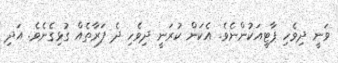
ވަނީ ދިވެހި ޕާޓީއަކުންނެވެ. އެކަން ކުރަނީ ދިވެހި ދެ ފަރާތެއް ގުޅިގެނެވެ. އަދި